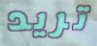
تريد